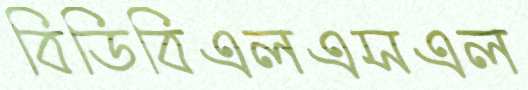
বিডিবিএলএসএল